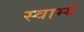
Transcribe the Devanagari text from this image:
स्वाम्यं